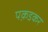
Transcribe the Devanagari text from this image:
पक़डकर